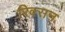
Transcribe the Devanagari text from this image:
रिक्सन